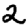
Digit: 2